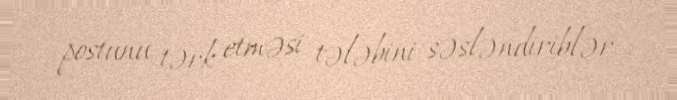
postunu tərk etməsi tələbini səsləndiriblər.